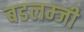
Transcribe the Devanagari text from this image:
बडलम्जी